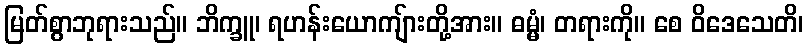
မြတ်စွာဘုရားသည်။ ဘိက္ခူ၊ ရဟန်းယောကျ်ားတို့အား။ ဓမ္မံ၊ တရားကို။ စေ ဝိဒေသေတိ၊